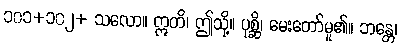
၁၀၁+၁၀၂+ သလော။ ဣတိ၊ ဤသို့။ ပုစ္ဆိ၊ မေးတော်မူ၏။ ဘန္တေ၊